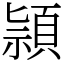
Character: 頴